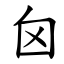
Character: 囟